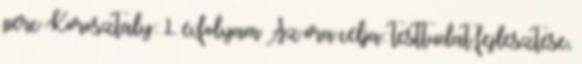
perc Korosztály: 1. évfolyam Az óra célja: testtudat fejlesztése,